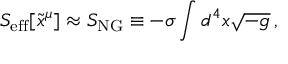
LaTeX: S _ { \mathrm { e f f } } [ \tilde { x } ^ { \mu } ] \approx S _ { \mathrm { N G } } \equiv - \sigma \int d ^ { 4 } x \sqrt { - g } \, ,